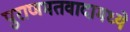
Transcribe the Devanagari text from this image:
पुराणमतवादामध्ये